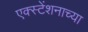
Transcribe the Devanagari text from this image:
एक्स्टेंशनाच्या